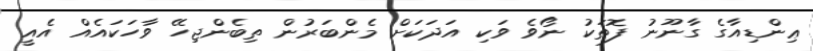
ޢިންޑިއާގެ ގާނޫނު ފޮތަކު ނޯވެ ވަކި އަދަކަށް މެންބަރުން ތިބެންޖިހޭ ވާހަކައެއް އެއީ